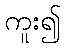
ကူး၍